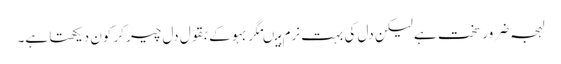
لہجہ ضرور سخت ہے لیکن دل کی بہت نرم ہیںمگر بہو کے بقول دل چیر کر کون دیکھتا ہے۔